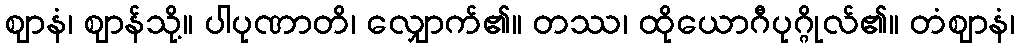
ဈာနံ၊ ဈာန်သို့။ ပါပုဏာတိ၊ လျှောက်၏။ တဿ၊ ထိုယောဂီပုဂ္ဂိုလ်၏။ တံဈာနံ၊